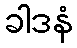
ခါဒနံ